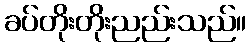
ခပ်တိုးတိုးညည်းသည်။